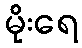
မိုးရေ